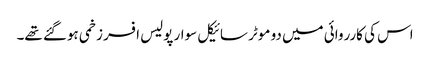
اس کی کارروائی میں دو موٹر سائیکل سوار پولیس افسر زخمی ہوگئے تھے۔